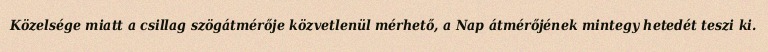
Közelsége miatt a csillag szögátmérője közvetlenül mérhető, a Nap átmérőjének mintegy hetedét teszi ki.